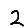
Digit: 2